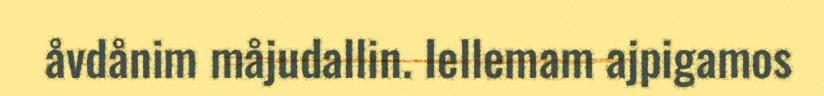
åvdånim måjudallin. Iellemam ajpigamos